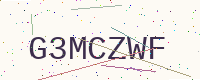
Text: G3MCZWF